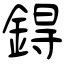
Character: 鍀